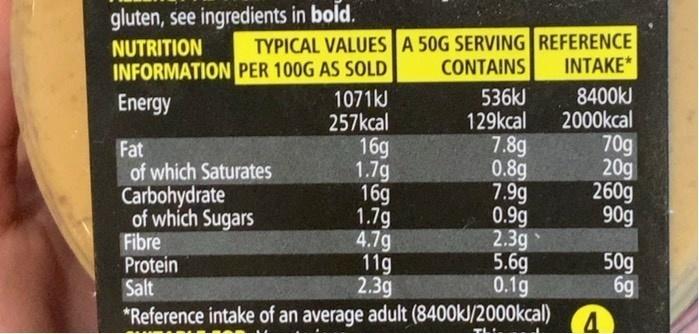
gluten, see ingredients in bold.
NUTRITION
INFORMATION PER 100G AS SOLD
Energy
TYPICAL VALUES A 50G SERVING REFERENCE
CONTAINS
INTAKE*
Fat
of which Saturates
Carbohydrate
of which Sugars
Fibre
Protein
Salt
1071kJ
257kcal
16g
1.7g
16g
1.7g
536kJ
129kcal
7.8g
0.8g
7.9g
0.9g
2.3g
4.7g
11g
2.3g
*Reference intake of an average adult (8400kJ/2000kcal)
5.6g
0.1g
8400kJ
2000kcal
70g
20g
260g
90g
4
50g
6g